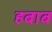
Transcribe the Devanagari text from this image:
हबाब